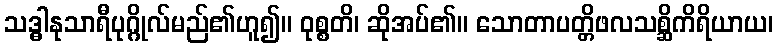
သဒ္ဓါနုသာရီပုဂ္ဂိုလ်မည်၏ဟူ၍။ ဝုစ္စတိ၊ ဆိုအပ်၏။ သောတာပတ္တိဖလသစ္ဆိကိရိယာယ၊